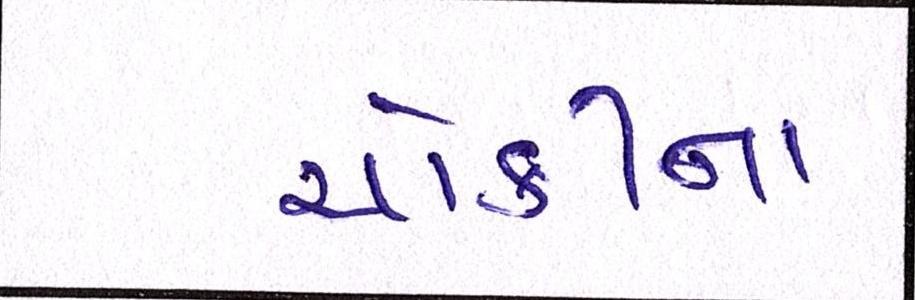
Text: ચોકીના